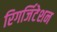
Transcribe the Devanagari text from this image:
रिगर्जिटेशन